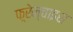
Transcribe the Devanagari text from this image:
फ़्रेन्चाइस